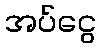
အပ်ငွေ